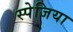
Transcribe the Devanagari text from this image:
स्पेजिया